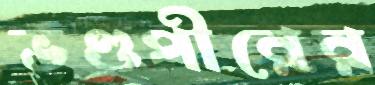
ভণ্ডপীরের